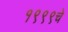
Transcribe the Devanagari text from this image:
१९९९चे